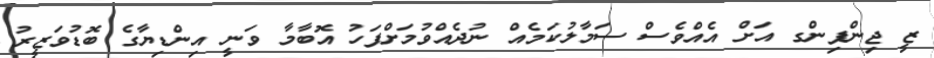
ޒީ ޖިންޕިންގ އަށް އެއްވެސް ސަމާލުކަމެއް ނުދެއްވުމަށްފަހު އޮބާމާ ވަނީ އިންޑިޔާގެ ބޮޑުވަޒީރު